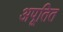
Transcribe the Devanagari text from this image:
अपूतित